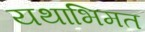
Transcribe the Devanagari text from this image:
यथाभिमत